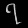
Digit: ၇